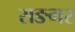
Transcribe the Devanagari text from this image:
सङगर